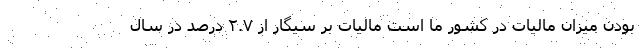
بودن میزان مالیات در کشور ما است مالیات بر سیگار از ۲.۷ درصد در سال